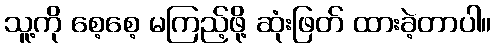
သူ့ကို စေ့စေ့ မကြည့်ဖို့ ဆုံးဖြတ် ထားခဲ့တာပါ။